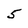
Character: 5